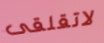
لاتقلقى